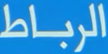
الرباط